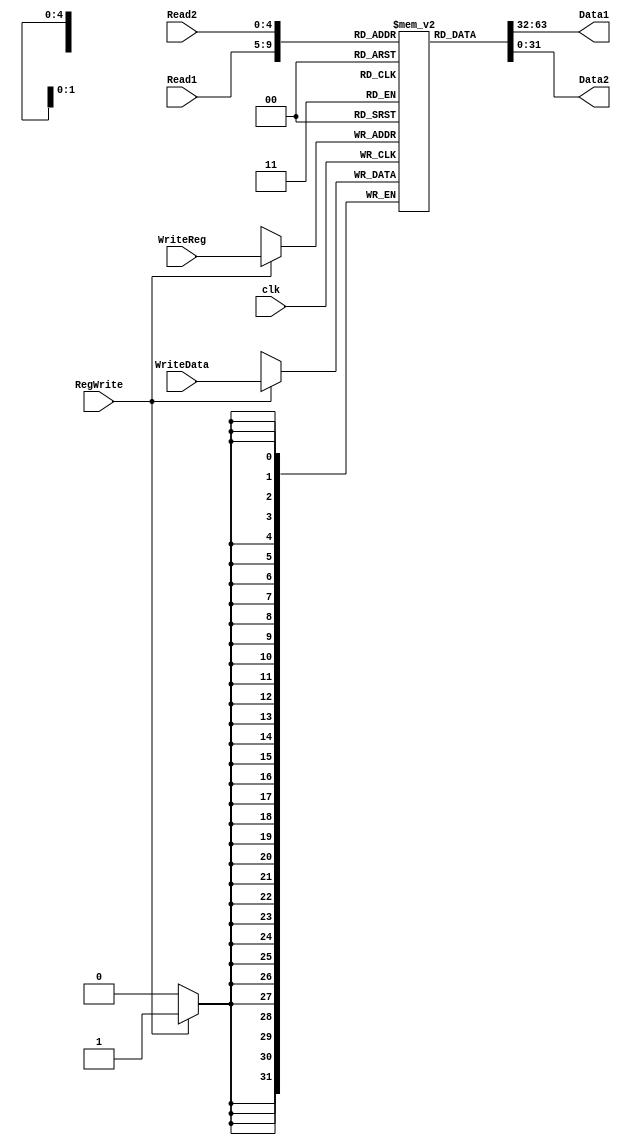
module Register(Read1, Read2, WriteReg, WriteData, RegWrite, Data1, Data2, clk);

	input [4:0] Read1,Read2,WriteReg;                 // the register numbers to read or write
	input [31:0] WriteData;                           // data to write
	input RegWrite,clk; 		                  // the write control and clock to trigger write
	
	output reg [31:0] Data1,Data2;                    // the register values read
	
	reg [31:0] RF[31:0];                              //32 register each 32 bits long
		
	initial begin                                     //Initializing all the registers
                RF[00] <= 32'h00000000;  
                RF[01] <= 32'h00000000;  
                RF[02] <= 32'h00000000;  
                RF[03] <= 32'h00000000;  
                RF[04] <= 32'h00000000;  
                RF[05] <= 32'h00000000;  
                RF[06] <= 32'h00000000;  
                RF[07] <= 32'h00000000;
                RF[08] <= 32'h00000000;  
                RF[09] <= 32'h00000000;  
                RF[10] <= 32'h00000000;  
                RF[11] <= 32'h00000000;  
                RF[12] <= 32'h00000000;  
                RF[13] <= 32'h00000000;  
                RF[14] <= 32'h00000000;  
                RF[15] <= 32'h00000000;
                RF[16] <= 32'h00000000;  
                RF[17] <= 32'h00000000;  
                RF[18] <= 32'h00000000;  
                RF[19] <= 32'h00000000;  
                RF[20] <= 32'h00000000;  
                RF[21] <= 32'h00000000;  
                RF[22] <= 32'h00000000;  
                RF[23] <= 32'h00000000;
                RF[24] <= 32'h00000000;  
                RF[25] <= 32'h00000000;  
                RF[26] <= 32'h00000000;  
                RF[27] <= 32'h00000000;  
                RF[28] <= 32'h00000000;  
                RF[29] <= 32'h00000000;  
                RF[30] <= 32'h00000000;  
                RF[31] <= 32'h00000000;
           end   
           
           always @ (posedge clk) begin                           //register write operation
                if(RegWrite) begin  
                     RF[WriteReg] <= WriteData;  
                end  
        
           end  
      
		always @(*)                                          //read operation
	
		begin
			Data1 <= RF[Read1];
			Data2 <= RF[Read2];
		end


endmodule